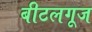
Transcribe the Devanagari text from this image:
बीटलगूज